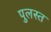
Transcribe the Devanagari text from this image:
पुलस्त